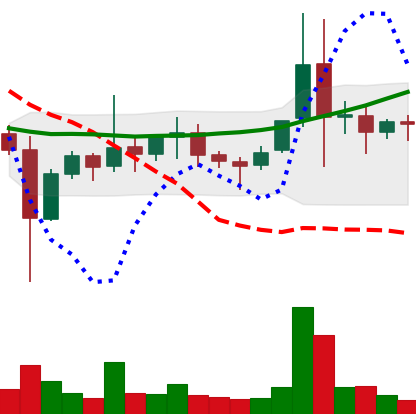
Ticker: ETC-USD
Chart end date: 2021-11-14
Forward return: -9.631%
Label: down_7plus